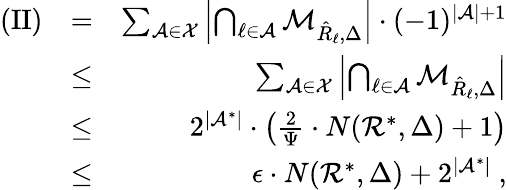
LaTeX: \begin{array}{rlr}{\mathrm{(II)}}&{=}&{\sum_{{\cal A}\in{\cal X}}\left|\bigcap_{\ell\in{\cal A}}{\cal M}_{\hat{R}_{\ell},\Delta}\right|\cdot(-1)^{|{\cal A}|+1}}\\ &{\leq}&{\sum_{{\cal A}\in{\cal X}}\left|\bigcap_{\ell\in{\cal A}}{\cal M}_{\hat{R}_{\ell},\Delta}\right|}\\ &{\leq}&{2^{|{\cal A}^{*}|}\cdot\left(\frac{2}{\Psi}\cdot N({\cal R}^{*},\Delta)+1\right)}\\ &{\leq}&{\epsilon\cdot N({\cal R}^{*},\Delta)+2^{|{\cal A}^{*}|}\ ,}\end{array}